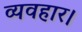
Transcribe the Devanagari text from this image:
व्‍यवहार।